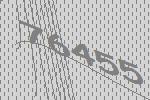
76455